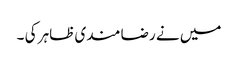
میں نے رضا مندی ظاہر کی ۔